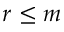
r \leq m